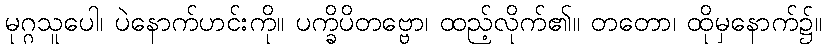
မုဂ္ဂသူပေါ၊ ပဲနောက်ဟင်းကို။ ပက္ခိပိတဗ္ဗော၊ ထည့်လိုက်၏။ တတော၊ ထိုမှနောက်၌။